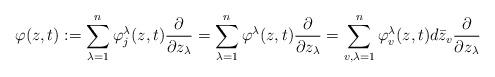
LaTeX: \begin{align*}\varphi(z,t):=\sum_{\lambda=1}^n \varphi_j^{\lambda}(z,t) \frac{\partial}{\partial z_{\lambda}}=\sum_{\lambda=1}^n\varphi^\lambda(z,t)\frac{\partial}{\partial z_\lambda}=\sum_{v,\lambda=1}^n \varphi_v^{\lambda}(z,t) d\bar{z}_v \frac{\partial}{\partial z_{\lambda}}\end{align*}